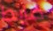
ضابط